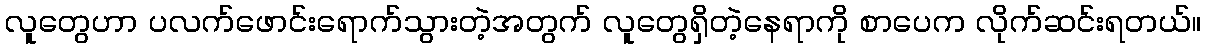
လူတွေဟာ ပလက်ဖောင်းရောက်သွားတဲ့အတွက် လူတွေရှိတဲ့နေရာကို စာပေက လိုက်ဆင်းရတယ်။